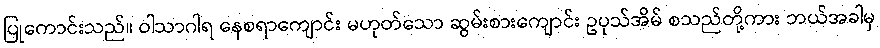
ပြုကောင်းသည်။ ဝါသာဂါရ နေစရာကျောင်း မဟုတ်သော ဆွမ်းစားကျောင်း ဥပုသ်အိမ် စသည်တို့ကား ဘယ်အခါမှ